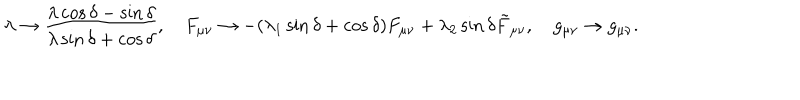
LaTeX: \lambda \to { \frac { \lambda \cos \delta - \sin \delta } { \lambda \sin \delta + \cos \delta } } , F _ { \mu \nu } \to - ( \lambda _ { 1 } \sin \delta + \cos \delta ) F _ { \mu \nu } + \lambda _ { 2 } \sin \delta \tilde { F } _ { \mu \nu } , g _ { \mu \nu } \to g _ { \mu \nu } .